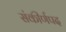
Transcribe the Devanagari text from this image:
संकीर्णपद